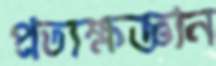
প্রত্যক্ষজ্ঞান